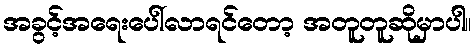
အခွင့်အရေးပေါ်လာရင်တော့ အတူတူဆိုမှာပါ။